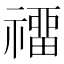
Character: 𥛽